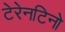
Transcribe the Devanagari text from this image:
टेरेनटिनो